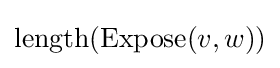
\mathrm {length} (\mathrm {Expose} (v,w))